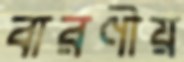
বারণীয়